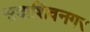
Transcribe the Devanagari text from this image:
सदाशिवनगर